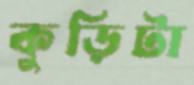
কুড়িটা